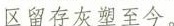
区留存灰塑至今。